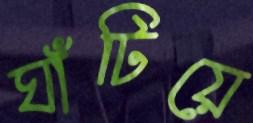
ঘাঁটিয়ে